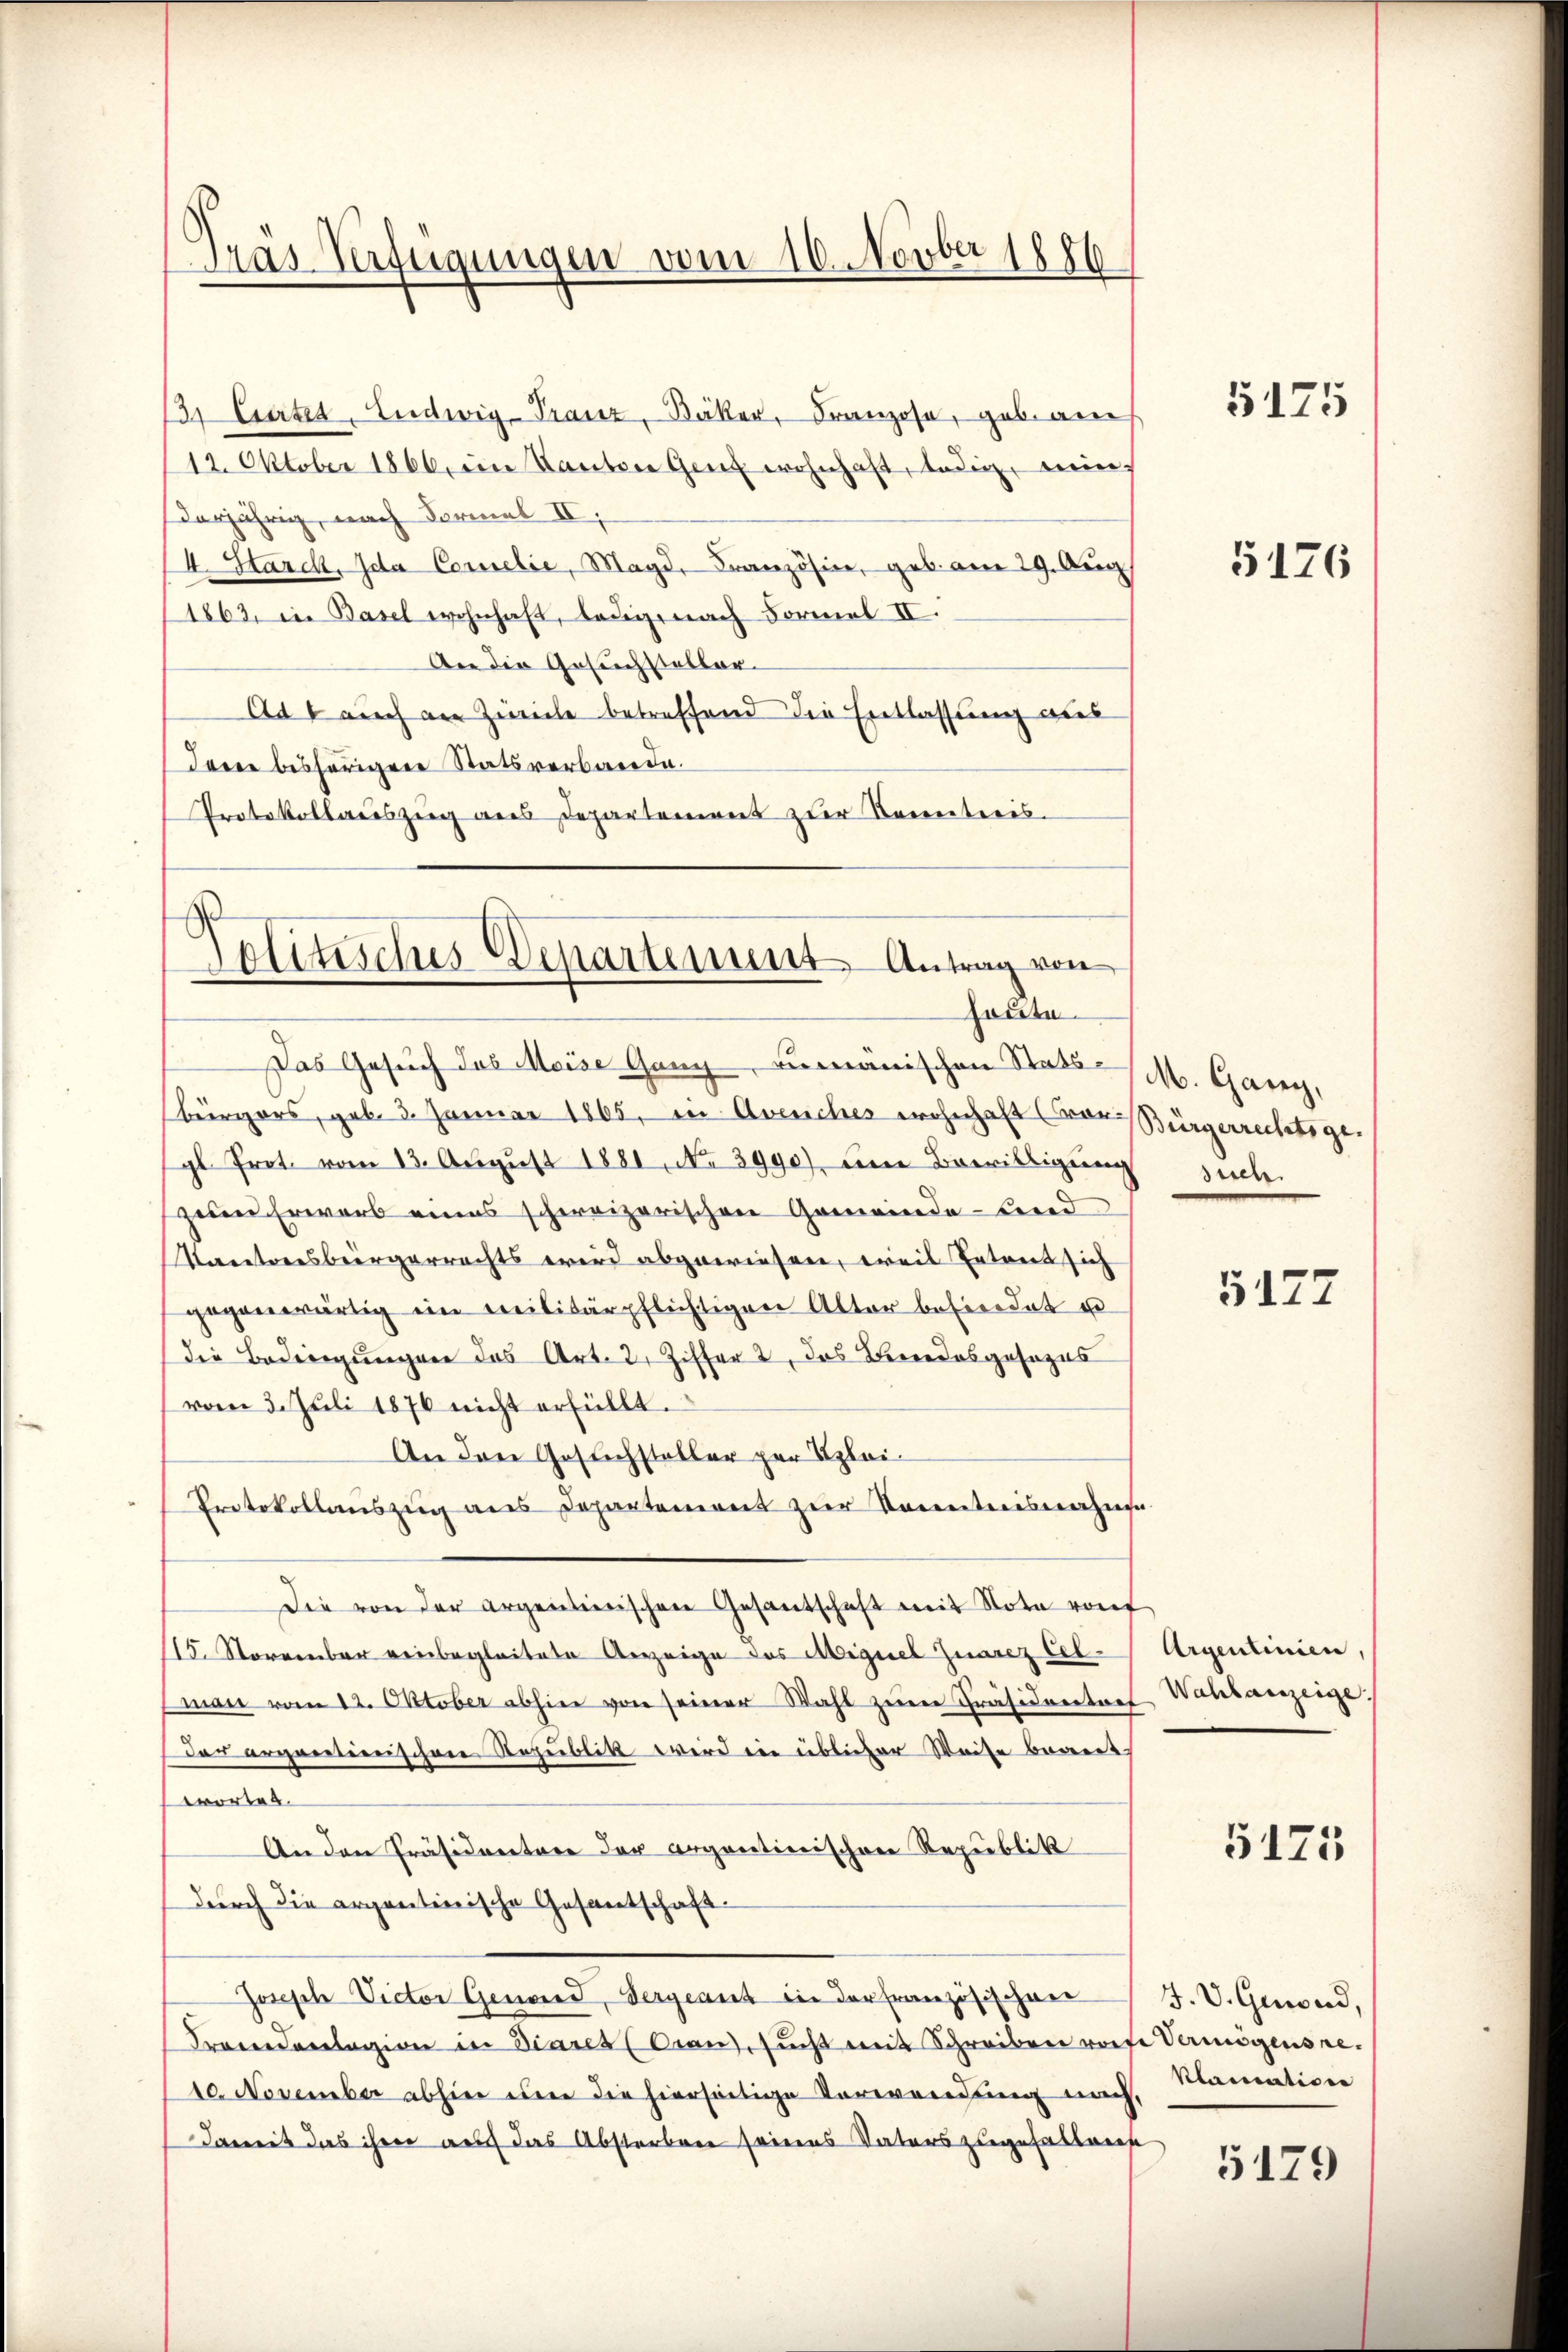
Präs Verfügungen vom 10. Novber 1890

31 Euertes, Ludwig-Tranz, Bäker, Franzose, geb. auch
12. Oktober 1866, im Kanton Genf wohnhaft, ledig, ein
derjährig, nach Formel II.
I. Starch, Ida Correlie, Magd. Französine, geb. am 29. Aug.
1862, in Basel wohnhaft, ledig, nach Formel II.
An die Gesuchsteller¬
Adt auch der Zwicke betreffend die Entlassung aus
Irene bisherigen Statsverbande.
Protokollauszug aus Departement zur Kenntnis.

Das Gesuch des Meise Ganz rumänischen Stats M. Garey,
bürgers, geb. 3. Januar 1865, in Avenches wohnhaft (Vor Bürgerrechtsge
gl. Prot. vom 13. August 1881, No 3990), deine Bewilligung suche
zeien Erwarb eines schweizerischen Gemeinde-Bend
Kareteresbergerrechts wird abgewiesen, weil Entant sich
gegenwärtig ein Militärpflichtigen Alter befindet u
die Bedingungen das Art. 2. Ziffert, das Beredosgesezes
vom 3. Juli 1876 nicht erfüllt.
An den Gesuchsteller zur Klei¬
Protokollauszug aus Departement zur Kenntnisnahme
Die von der argentierischen Gesantschaft mit Note von
15. November einbegleitete Anzeige des Miguel Zuarez Celman vom 12. Oktober abhin von seiner Wahl zŭrer Präsideeetref Wahlanzeige
der ergantierischen Republik wird in üblicher Weise beantwortet.
An den Präsidenten der argentinischen Republik
Durch die argentinische Gesantschaft.
Joseph Victor Genand, Vergeant in der Französischen
Fremdenlagion in Diares (Gran, sucht mit Schreiben worfe Vermögensre¬
10. November abhier oder die hierseitige Verwendung nach,
damit das ihrer auch das Absterben seines Vaters zugefallene

Solitisches Departement Antrag von
houte

5175

5176

5177

Argentinien,

5175

J. V. Gewand,
klamation

5179